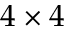
4 \times 4